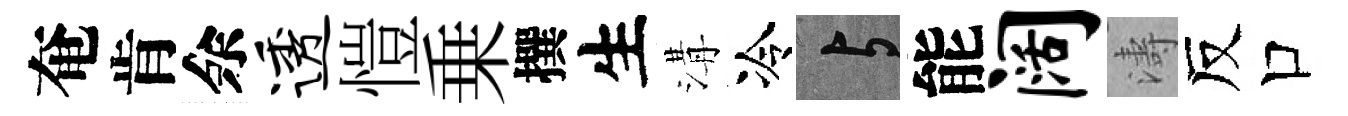
奄肯余透愷乗撰生溝冷与能阔濤反口